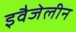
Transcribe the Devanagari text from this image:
इवैजेलीन